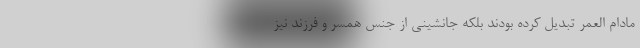
مادام العمر تبدیل کرده بودند بلکه جانشینی از جنس همسر و فرزند نیز